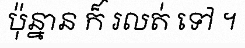
ប៉ុន្នាន ក៏ រលត់ ទៅ ។